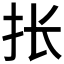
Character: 𰓄